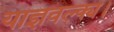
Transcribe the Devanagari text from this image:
याज्ञवल्क्य।